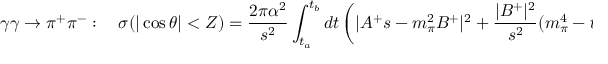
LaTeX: \gamma \gamma \rightarrow \pi ^ { + } \pi ^ { - } : \quad \sigma ( | \cos \theta | < Z ) = { \frac { 2 \pi \alpha ^ { 2 } } { s ^ { 2 } } } \int _ { t _ { a } } ^ { t _ { b } } d t \left( | A ^ { + } s - m _ { \pi } ^ { 2 } B ^ { + } | ^ { 2 } + { \frac { | B ^ { + } | ^ { 2 } } { s ^ { 2 } } } ( m _ { \pi } ^ { 4 } - t u ) \right)